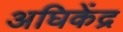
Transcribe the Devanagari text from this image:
अघिकेंद्र